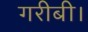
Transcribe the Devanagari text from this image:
गरीबी।